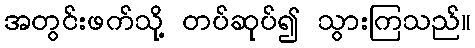
အတွင်းဖက်သို့ တပ်ဆုပ်၍ သွားကြသည်။